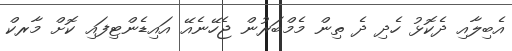
އެބިލާއި ދެކޮޅު ހެދި ދެ ތިން މެމްބަރުން ޖެހޭނެއޭ އައިޑެންޓިފައި ކޮށް މާރކް